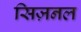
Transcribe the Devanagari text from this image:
सिज़नल